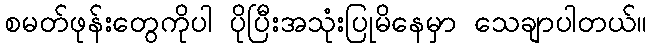
စမတ်ဖုန်းတွေကိုပါ ပိုပြီးအသုံးပြုမိနေမှာ သေချာပါတယ်။